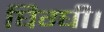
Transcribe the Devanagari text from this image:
घिग्घी।